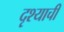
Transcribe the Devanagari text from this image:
दृश्याची